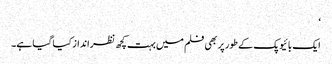
‘
ایک بائیوپک کے طور پر بھی فلم میں بہت کچھ نظرانداز کیا گیا ہے۔